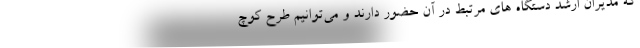
که مدیران ارشد دستگاه های مرتبط در آن حضور دارند و می‌توانیم طرح کوچ